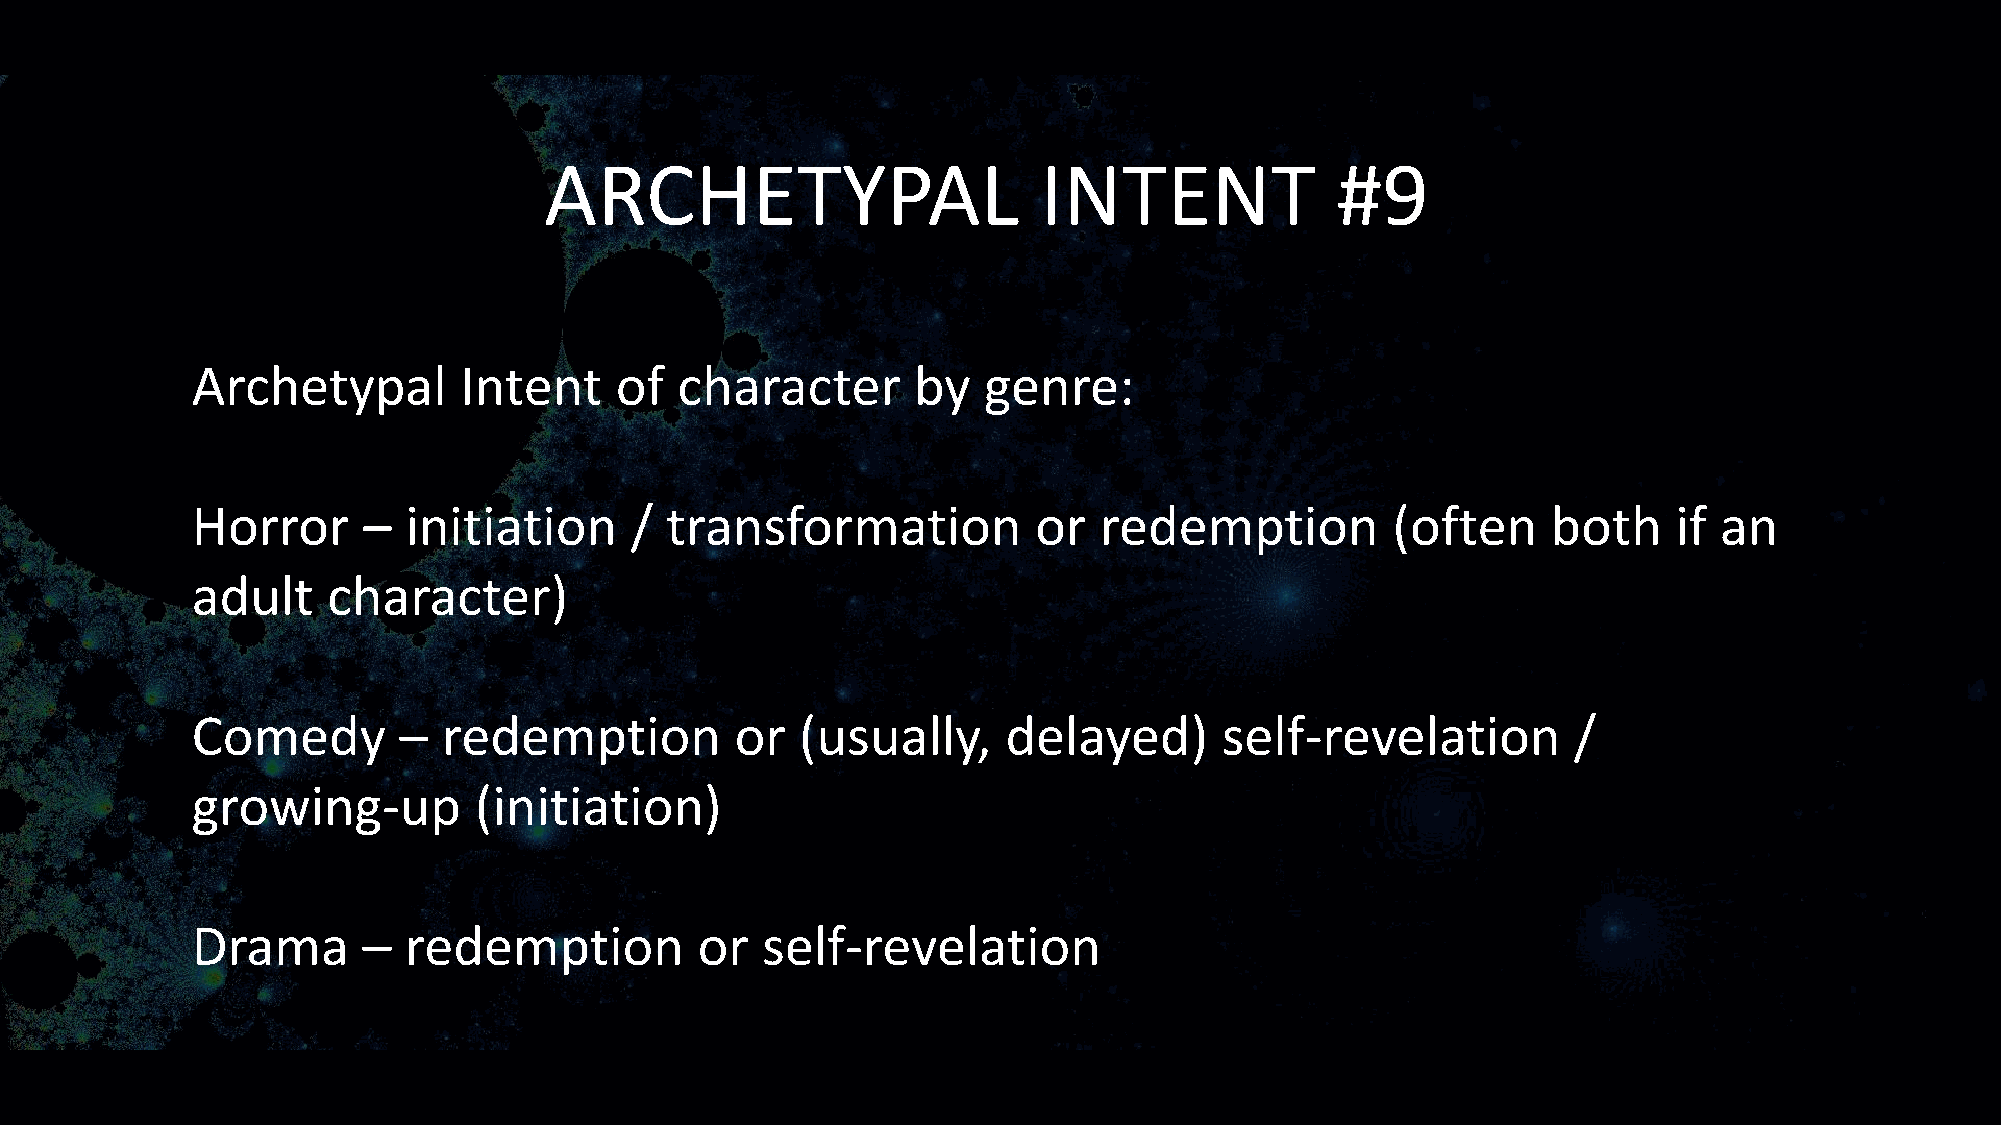
ARCHETYPAL                       INTENT             #9
 Archetypal       Intent     of  character      by   genre:
 Horror     –  initiation     / transformation           or  redemption         (often     both    if an
 adult    character)
 Comedy       –  redemption          or  (usually,     delayed)      self-revelation        /
 growing-up        (initiation)
 Drama      –  redemption         or  self-revelation